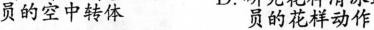
员的空中转体 员的花样动作